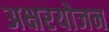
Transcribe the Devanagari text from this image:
अक्षरयोजन